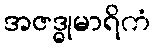
အဇဒ္ဓုမာရိကံ